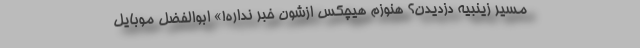
مسیر زینبیه دزدیدن؟ هنوزم هیچکس ازشون خبر نداره!» ابوالفضل موبایل